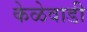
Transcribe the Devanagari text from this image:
केळेवाडी